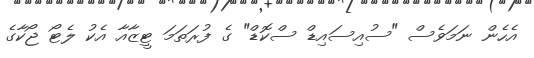
އެހެން ނަމަވެސް "ސުއިސައިޑް ސްކޮޑް" ގެ ފުރަތަމަ ޓީޒާއާ އެކު ލެޓޯ ޖޯކާގެ